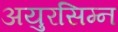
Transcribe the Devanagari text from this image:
अयुरसिम्न